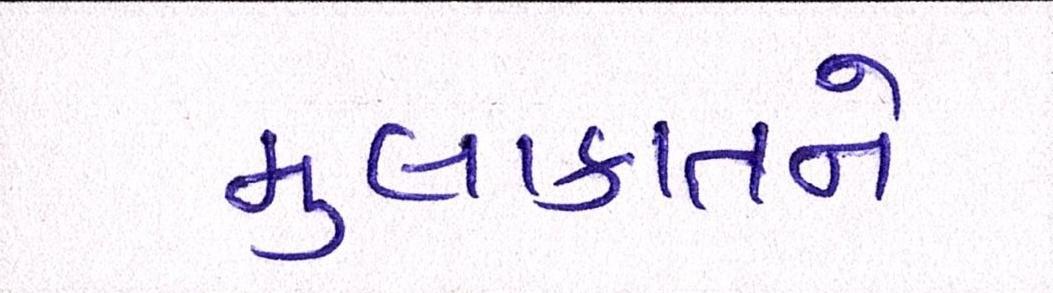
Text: મુલાકાતને